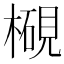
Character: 𱤓